Civil Veterinary Department Bihar & Orissa reports 1922-29 - 1922-1929
Year: 1922
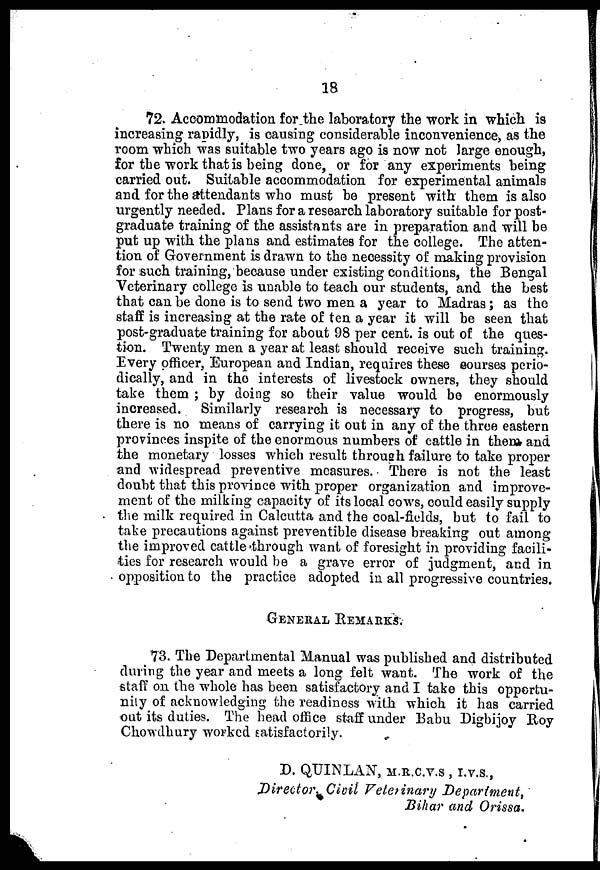
18
72. Accommodation for the laboratory the work in which is
increasing rapidly, is causing considerable inconvenience, as the
room which was suitable two years ago is now not large enough,
for the work that is being done, or for any experiments being
carried out. Suitable accommodation for experimental animals
and for the attendants who must be present with them is also
urgently needed. Plans for a research laboratory suitable for post-
graduate training of the assistants are in preparation and will be
put up with the plans and estimates for the college. The atten-
tion of Government is drawn to the necessity of making provision
for such training, because under existing conditions, the Bengal
Veterinary college is unable to teach our students, and the best
that can be done is to send two men a year to Madras; as the
staff is increasing at the rate of ten a year it will be seen that
post-graduate training for about 98 per cent, is out of the ques-
tion. Twenty men a year at least should receive such training.
Every officer, European and Indian, requires these eourses perio-
dically, and in the interests of livestock owners, they should
take them ; by doing so their value would be enormously
increased. Similarly research is necessary to progress, but
there is no means of carrying it out in any of the throe eastern
provinces inspite of the enormous numbers of cattle in them and
the monetary losses which result through failure to take proper
and widespread preventive measures. There is not the least
doubt that this province with proper organization and improve-
ment of the milking capacity of its local cows, could easily supply
the milk required in Calcutta and the coal-fields, but to fail to
take precautions against preventible disease breaking out among
the improved cattle through want of foresight in providing facili-
ties for research would be a grave error of judgment, and in
opposition to the practice adopted in all progressive countries.
GENERAL REMARKS.
73. The Departmental Manual was published and distributed
during the year and meets a long felt want. The work of the
staff on the whole has been satisfactory and I take this opportu-
nity of acknowledging the readiness with which it has carried
out its duties The head office staff under Babu Digbijoy Roy
Chowdhury worked satisfactorily.
D. QUINLAN,M.R.C.V.S, I.V.S.,
Director, Civil Veletinary
Department,
Bihar and Orissa.